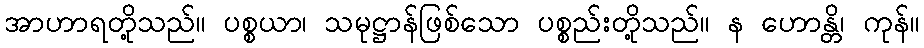
အာဟာရတို့သည်။ ပစ္စယာ၊ သမုဋ္ဌာန်ဖြစ်သော ပစ္စည်းတို့သည်။ န ဟောန္တိ၊ ကုန်။